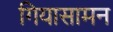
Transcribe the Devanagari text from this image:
गियासामन